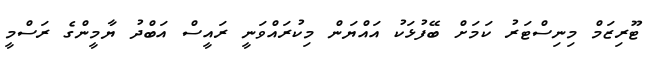
ޓޫރިޒަމް މިނިސްޓަރު ކަމަށް ބޭފުޅަކު އައްޔަން މިކުރައްވަނީ ރައީސް އަބްދު ޔާމީންގެ ރަސްމީ